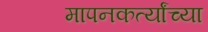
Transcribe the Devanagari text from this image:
मापनकर्त्यांच्या